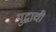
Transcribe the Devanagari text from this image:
युद्घाची